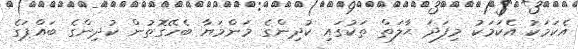
އެކަމަކު އެކަމަކު މިފަދަ ޙާލަތް ތަކުގައި ކުދިންގެ މަންމަޔާ ބެހޭގޮތުން ކުދިންގެ ބައްޕަގެ